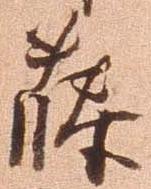
藤